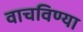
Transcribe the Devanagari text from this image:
वाचविण्या